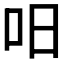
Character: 𠯐